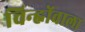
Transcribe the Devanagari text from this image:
चिन्ह्नोंवाला